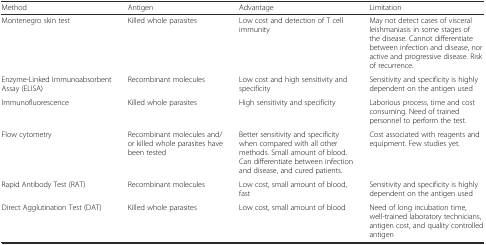
<table><thead><tr><td><b>Method</b></td><td><b>Antigen</b></td><td><b>Advantage</b></td><td><b>Limitation</b></td></tr></thead><tbody><tr><td>Montenegro skin test</td><td>Killed whole parasites</td><td>Low cost and detection of T cell immunity</td><td>May not detect cases of visceral leishmaniasis in some stages of the disease. Cannot differentiate between infection and disease, nor active and progressive disease. Risk of recurrence.</td></tr><tr><td>Enzyme-Linked Immunoabsorbent Assay (ELISA)</td><td>Recombinant molecules</td><td>Low cost and high sensitivity and specificity</td><td>Sensitivity and specificity is highly dependent on the antigen used</td></tr><tr><td>Immunofluorescence</td><td>Killed whole parasites</td><td>High sensitivity and specificity</td><td>Laborious process, time and cost consuming. Need of trained personnel to perform the test.</td></tr><tr><td>Flow cytometry</td><td>Recombinant molecules and/or killed whole parasites have been tested</td><td>Better sensitivity and specificity when compared with all other methods. Small amount of blood. Can differentiate between infection and disease, and cured patients.</td><td>Cost associated with reagents and equipment. Few studies yet.</td></tr><tr><td>Rapid Antibody Test (RAT)</td><td>Recombinant molecules</td><td>Low cost, small amount of blood, fast</td><td>Sensitivity and specificity is highly dependent on the antigen used</td></tr><tr><td>Direct Agglutination Test (DAT)</td><td>Killed whole parasites</td><td>Low cost, small amount of blood</td><td>Need of long incubation time, well-trained laboratory technicians, antigen cost, and quality controlled antigen</td></tr></tbody></table>